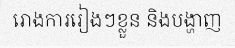
រោងការរៀងៗខ្លួន និងបង្ហាញ